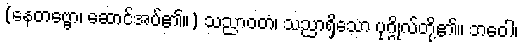
(နေတဗ္ဗော၊ ဆောင်အပ်၏။) သညာဝတံ၊ သညာရှိသော ပုဂ္ဂိုလ်တို့၏။ ဘဝေါ၊